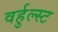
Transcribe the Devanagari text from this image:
वर्हुल्स्ट